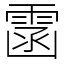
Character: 䨡